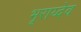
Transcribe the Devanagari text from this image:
भूराय्देव